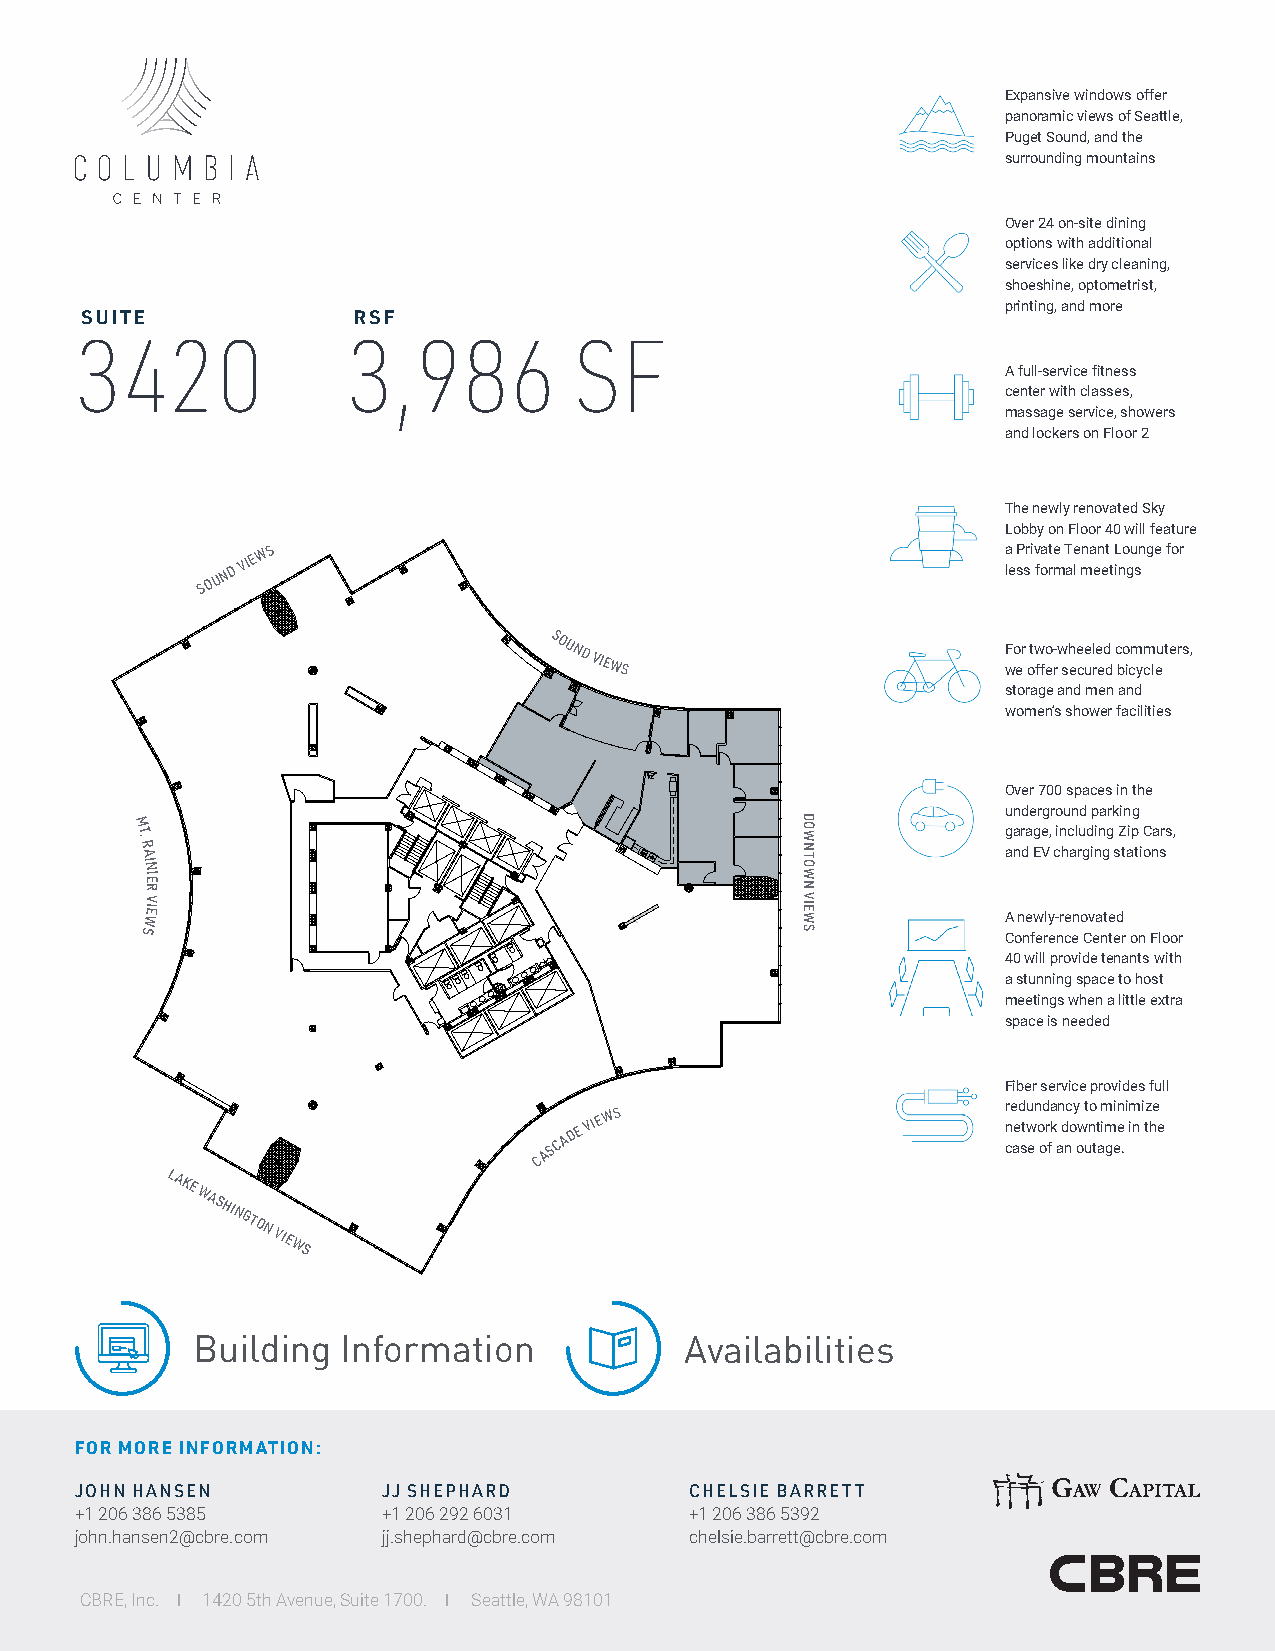
Expansive windows offer
 panoramic views of Seattle,
 Puget Sound, and the
 surrounding mountains
 Over 24 on-site dining
 options with additional
 services like dry cleaning,
 shoeshine, optometrist,
 suite             rsf                                         printing, and more
 3420              3,986          SF
 A full-service fitness
 center with classes,
 massage service, showers
 and lockers on Floor 2
 The newly renovated Sky
 Lobby on Floor 40 will feature
 S O U N D
 VIE W S                                            a
 le
 sP sri v foa rt me T ae
 l
 mna en et
 t
 L ino gu snge for
 SOUND
 VIEWS
 F wo er otw ffo er-w sh ee ce ul re ed
 d
 c bo icm ycm leu ters,
 storage and men and
 women’s shower facilities
 Over 700 spaces in the
 underground parking
 M
 T.
 R A
 g ana dra Eg Ve, cin hc al ru gd inin gg
 s
 Z taip
 t
 iC ona srs,
 IN
 IE
 R
 V
 WEI
 A newly-renovated
 S                                                         Conference Center on Floor
 40 will provide tenants with
 a stunning space to host
 meetings when a little extra
 space is needed
 Fiber service provides full
 CASCADE
 VIE
 WS                         r
 n
 ce aed stwu en
 o
 od
 r
 fka
 a
 n
 d
 nc
 o
 y
 ow
 t uno
 tt
 a
 m
 im
 gein
 e
 .
 i im
 n
 i tz he
 e
 LAKE
 WASHINGTON
 VIEWS
 COLUMBI SA
 U
 3
 C
 I
 ,8TE 8EN
 7
 3T R4E S2R
 F0
 Building  Information           Availabilities
 FOR MORE INFORMATION:
 JOHN HANSEN         JJ SHEPHARD          CHELSIE BARRETT
 +1 206 386 5385     +1 206 292 6031      +1 206 386 5392
 john.hansen2@cbre.com jj.shephard@cbre.com chelsie.barrett@cbre.com
 CBRE, Inc. | 1420 5th Avenue, Suite 1700. | Seattle, WA 98101
 DOWNTOWN
 VIEWS